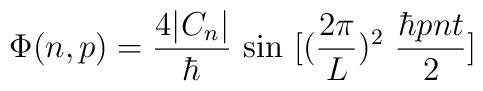
\Phi(n,p) = {4 |C_n| \over\hbar}~{\rm sin}~[({2\pi \over L})^2~{\hbar p n t \over 2}]